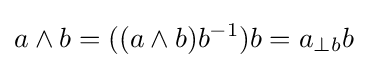
a\wedge b=((a\wedge b)b^{-1})b=a_{\perp b}b